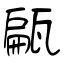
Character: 甂